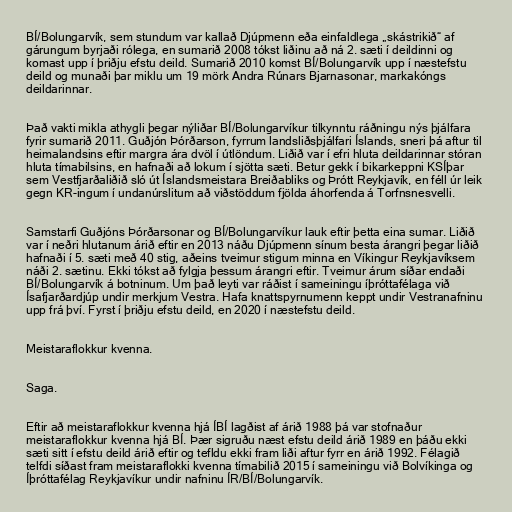
BÍ/Bolungarvík, sem stundum var kallað Djúpmenn eða einfaldlega „skástrikið“ af
gárungum byrjaði rólega, en sumarið 2008 tókst liðinu að ná 2. sæti í deildinni og
komast upp í þriðju efstu deild. Sumarið 2010 komst BÍ/Bolungarvík upp í næstefstu
deild og munaði þar miklu um 19 mörk Andra Rúnars Bjarnasonar, markakóngs
deildarinnar.

Það vakti mikla athygli þegar nýliðar BÍ/Bolungarvíkur tilkynntu ráðningu nýs þjálfara
fyrir sumarið 2011. Guðjón Þórðarson, fyrrum landsliðsþjálfari Íslands, sneri þá aftur til
heimalandsins eftir margra ára dvöl í útlöndum. Liðið var í efri hluta deildarinnar stóran
hluta tímabilsins, en hafnaði að lokum í sjötta sæti. Betur gekk í bikarkeppni KSÍþar
sem Vestfjarðaliðið sló út Íslandsmeistara Breiðabliks og Þrótt Reykjavík, en féll úr leik
gegn KR-ingum í undanúrslitum að viðstöddum fjölda áhorfenda á Torfnsnesvelli.

Samstarfi Guðjóns Þórðarsonar og BÍ/Bolungarvíkur lauk eftir þetta eina sumar. Liðið
var í neðri hlutanum árið eftir en 2013 náðu Djúpmenn sínum besta árangri þegar liðið
hafnaði í 5. sæti með 40 stig, aðeins tveimur stigum minna en Víkingur Reykjavíksem
náði 2. sætinu. Ekki tókst að fylgja þessum árangri eftir. Tveimur árum síðar endaði
BÍ/Bolungarvík á botninum. Um það leyti var ráðist í sameiningu íþróttafélaga við
Ísafjarðardjúp undir merkjum Vestra. Hafa knattspyrnumenn keppt undir Vestranafninu
upp frá því. Fyrst í þriðju efstu deild, en 2020 í næstefstu deild.

Meistaraflokkur kvenna.

Saga.

Eftir að meistaraflokkur kvenna hjá ÍBÍ lagðist af árið 1988 þá var stofnaður
meistaraflokkur kvenna hjá BÍ. Þær sigruðu næst efstu deild árið 1989 en þáðu ekki
sæti sitt í efstu deild árið eftir og tefldu ekki fram liði aftur fyrr en árið 1992. Félagið
telfdi síðast fram meistaraflokki kvenna tímabilið 2015 í sameiningu við Bolvíkinga og
Íþróttafélag Reykjavíkur undir nafninu ÍR/BÍ/Bolungarvík.